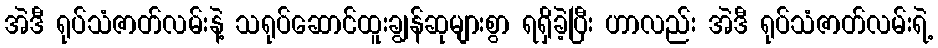
အဲဒီ ရုပ်သံဇာတ်လမ်းနဲ့ သရုပ်ဆောင်ထူးချွန်ဆုများစွာ ရရှိခဲ့ပြီး ဟာလည်း အဲဒီ ရုပ်သံဇာတ်လမ်းရဲ့